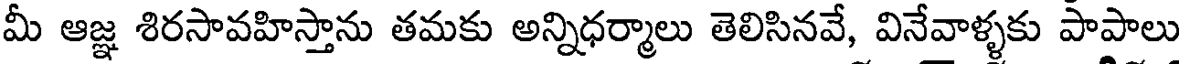
మీ ఆజ్ఞ శిరసావహిస్తాను తమకు అన్నిధర్మాలు తెలిసినవే, వినేవాళ్ళకు పాపాలు